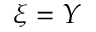
\xi = Y